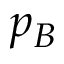
p _ { B }